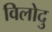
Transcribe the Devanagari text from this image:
विलोदु